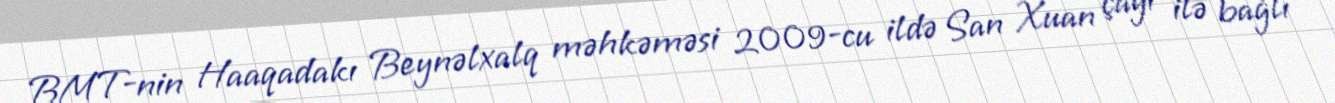
BMT-nin Haaqadakı Beynəlxalq məhkəməsi 2009-cu ildə San Xuan çayı ilə bağlı